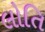
લોતિ